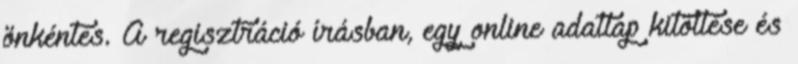
önkéntes. A regisztráció írásban, egy online adatlap kitöltése és